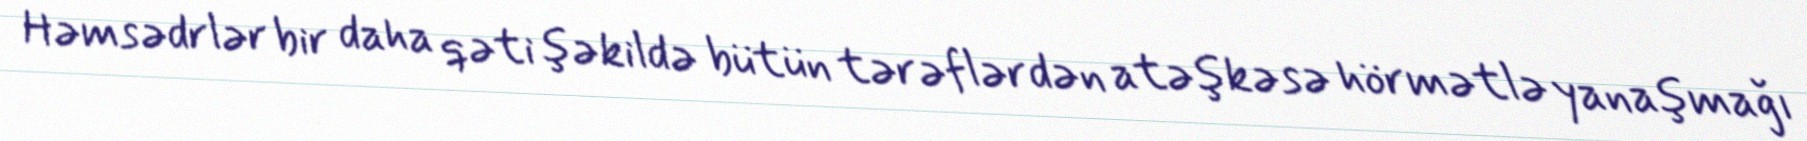
Həmsədrlər bir daha qəti şəkildə bütün tərəflərdən atəşkəsə hörmətlə yanaşmağı